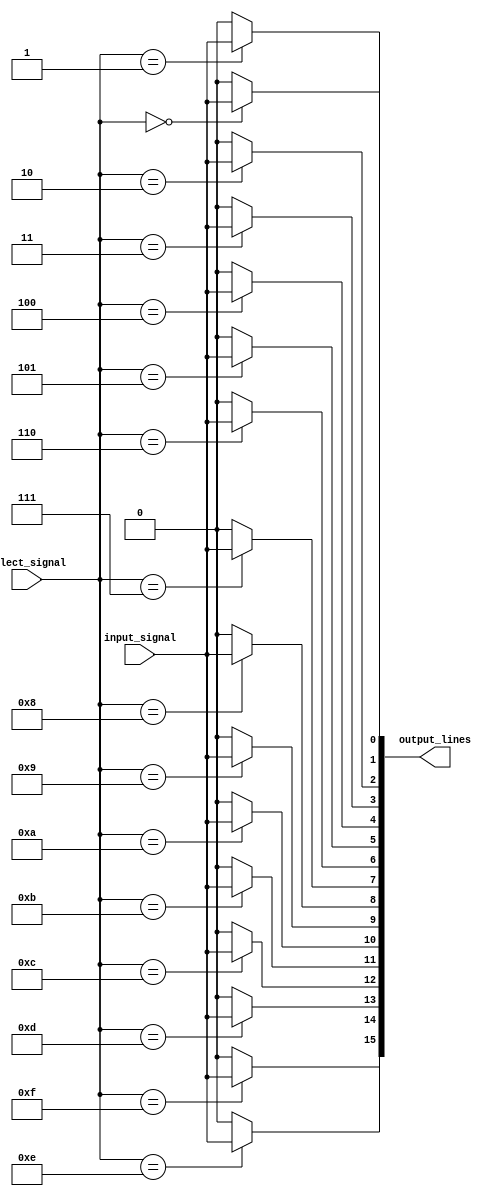
module Demux_1to16 (
    input wire input_signal,
    input wire [3:0] select_signal,
    output wire [15:0] output_lines
);

wire [15:0] and_outputs;

assign and_outputs[0] = (select_signal == 4'b0000) ? input_signal : 1'b0;
assign and_outputs[1] = (select_signal == 4'b0001) ? input_signal : 1'b0;
assign and_outputs[2] = (select_signal == 4'b0010) ? input_signal : 1'b0;
assign and_outputs[3] = (select_signal == 4'b0011) ? input_signal : 1'b0;
assign and_outputs[4] = (select_signal == 4'b0100) ? input_signal : 1'b0;
assign and_outputs[5] = (select_signal == 4'b0101) ? input_signal : 1'b0;
assign and_outputs[6] = (select_signal == 4'b0110) ? input_signal : 1'b0;
assign and_outputs[7] = (select_signal == 4'b0111) ? input_signal : 1'b0;
assign and_outputs[8] = (select_signal == 4'b1000) ? input_signal : 1'b0;
assign and_outputs[9] = (select_signal == 4'b1001) ? input_signal : 1'b0;
assign and_outputs[10] = (select_signal == 4'b1010) ? input_signal : 1'b0;
assign and_outputs[11] = (select_signal == 4'b1011) ? input_signal : 1'b0;
assign and_outputs[12] = (select_signal == 4'b1100) ? input_signal : 1'b0;
assign and_outputs[13] = (select_signal == 4'b1101) ? input_signal : 1'b0;
assign and_outputs[14] = (select_signal == 4'b1110) ? input_signal : 1'b0;
assign and_outputs[15] = (select_signal == 4'b1111) ? input_signal : 1'b0;

assign output_lines = and_outputs;

endmodule